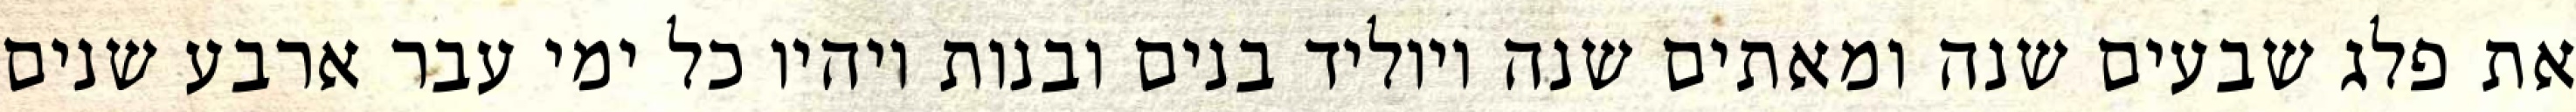
את פלג שבעים שנה ומאתים שנה ויוליד בנים ובנות ויהיו כל ימי עבר ארבע שנים